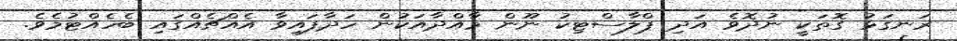
ރަނގަޅު ގޮތަކީ ނުދޮވެ އަދި ޕްލާސްޓިކު ނޫން މާއްދާއަކުން ހަދާފައިވާ އެއްޗެއްގައި ބެހެއްޓުމެވެ.